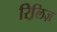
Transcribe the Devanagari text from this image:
रिलि़ज़